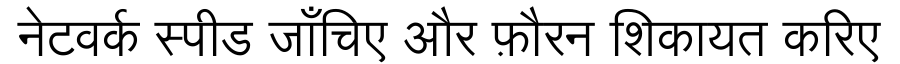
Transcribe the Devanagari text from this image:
नेटवर्क स्पीड जाँचिए और फ़ौरन शिकायत करिए